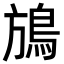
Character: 鴋